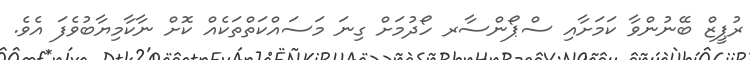
ރުޕީޒް ބޭނުންވާ ކަމަށާއި ސްޕޯންސާރ ހޯދުމަށް ގިނަ މަސައްކަތްތަކެއް ކޮށް ނާކާމިޔާބުވެފަ އެވެ.